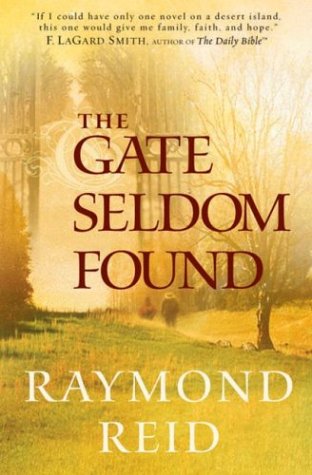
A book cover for The Gate Seldom Found; Raymond Reid; Literature & Fiction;